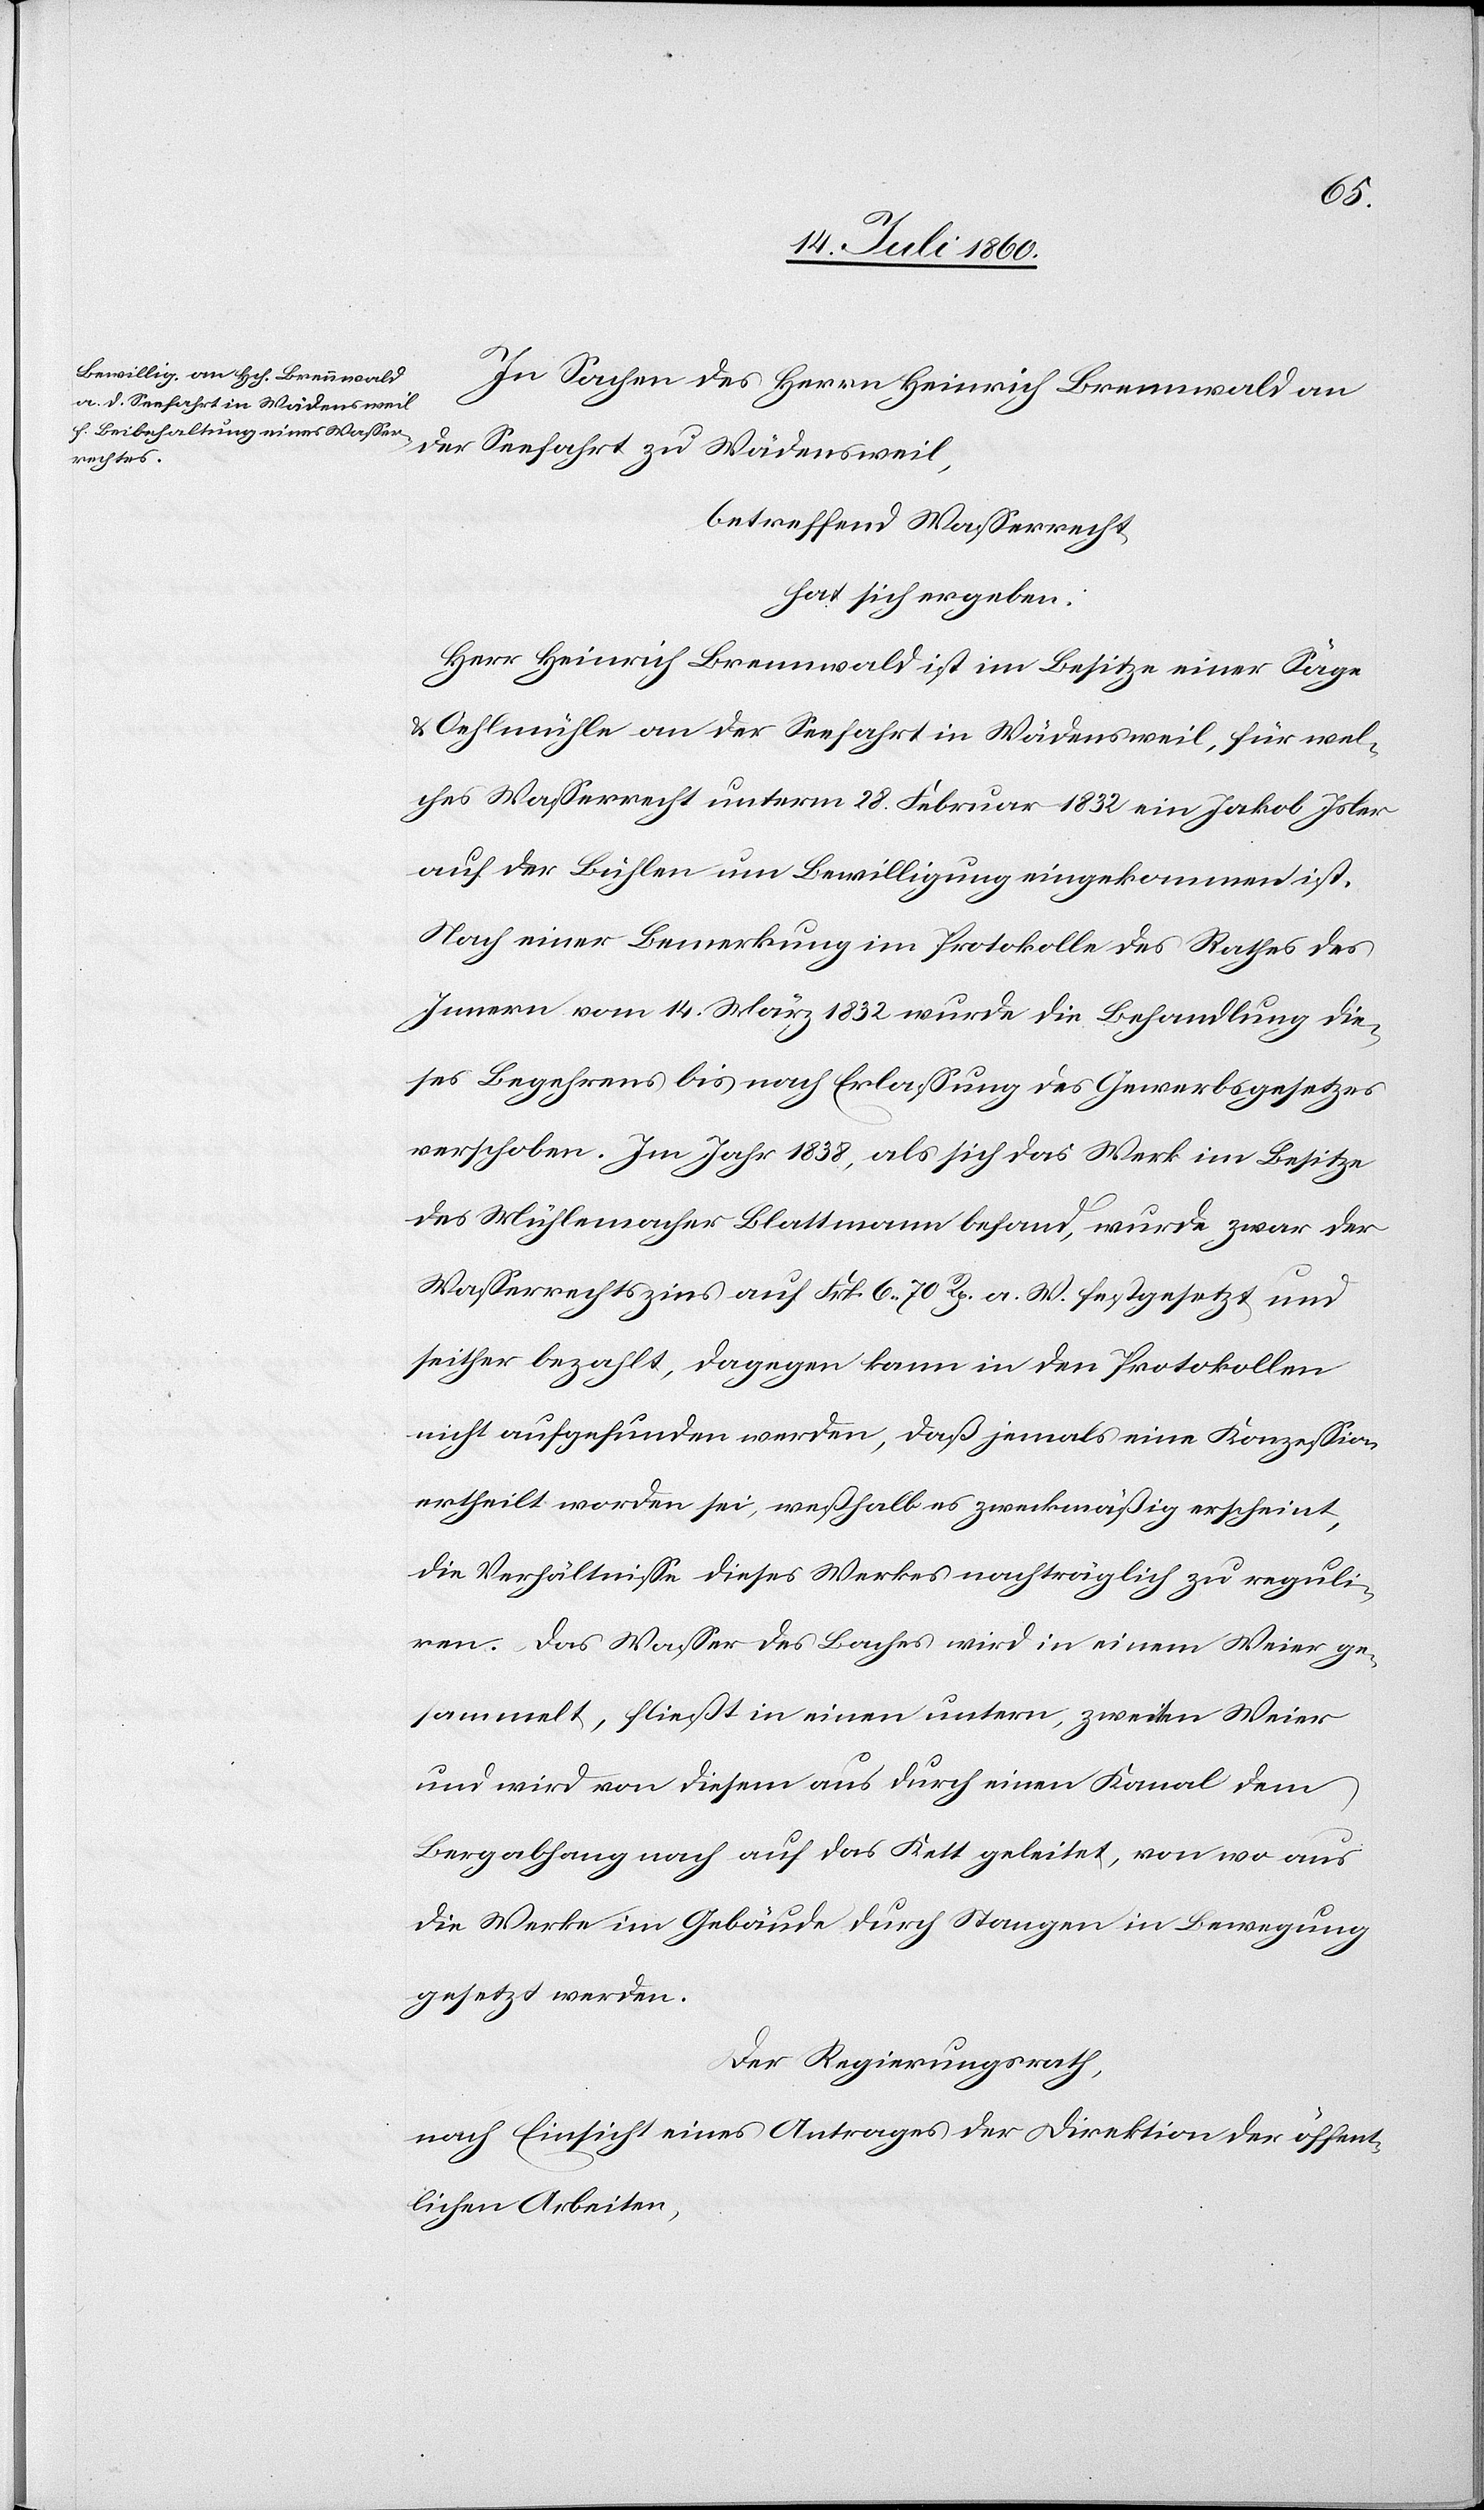
In Sachen des Herrn Heinrich Brennwald an
der Seefahrt zu Wädensweil,
betreffend Wasserrecht
hat sich ergeben:
Herr Heinrich Brennwald ist im Besitze einer Säge
& Oehlmühle an der Seefahrt in Wädensweil, für wel¬
ches Wasserrecht unterm 28. Februar 1832 ein Jakob Isler
auf der Bühlen um Bewilligung eingekommen ist.
Nach einer Bemerkung im Protokolle des Rathes des
Innern vom 14. März 1832 wurde die Behandlung die¬
ses Begehrens bis nach Erlassung des Gewerbsgesetzes
verschoben. Im Jahr 1838, als sich das Werk im Besitze
des Mühlemacher Blattmann befand, wurde zwar der
Wasserrechtszins auf Frk. 6. 70 Rp. a. W. festgesetzt und
seither bezahlt, dagegen kann in den Protokollen
nicht aufgefunden werden, daß jemals eine Konzession
ertheilt worden sei, weßhalb es zweckmäßig erscheint,
die Verhältnisse dieses Werkes nachträglich zu reguli¬
ren. Das Wasser des Baches wird in einem Weier ge¬
sammelt, fließt in einen untern, zweiten Weier
und wird von diesem aus durch einen Kanal dem
Bergabhang nach auf das Kett geleitet, von wo aus
die Werke im Gebäude durch Stangen in Bewegung
gesetzt werden.
Der Regierungsrath,
nach Einsicht eines Antrages der Direktion der öffent¬
lichen Arbeiten,